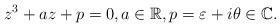
LaTeX: \begin{align*}z^3 +az+p=0, a\in \mathbb R,p=\varepsilon+i\theta \in \mathbb C.\end{align*}